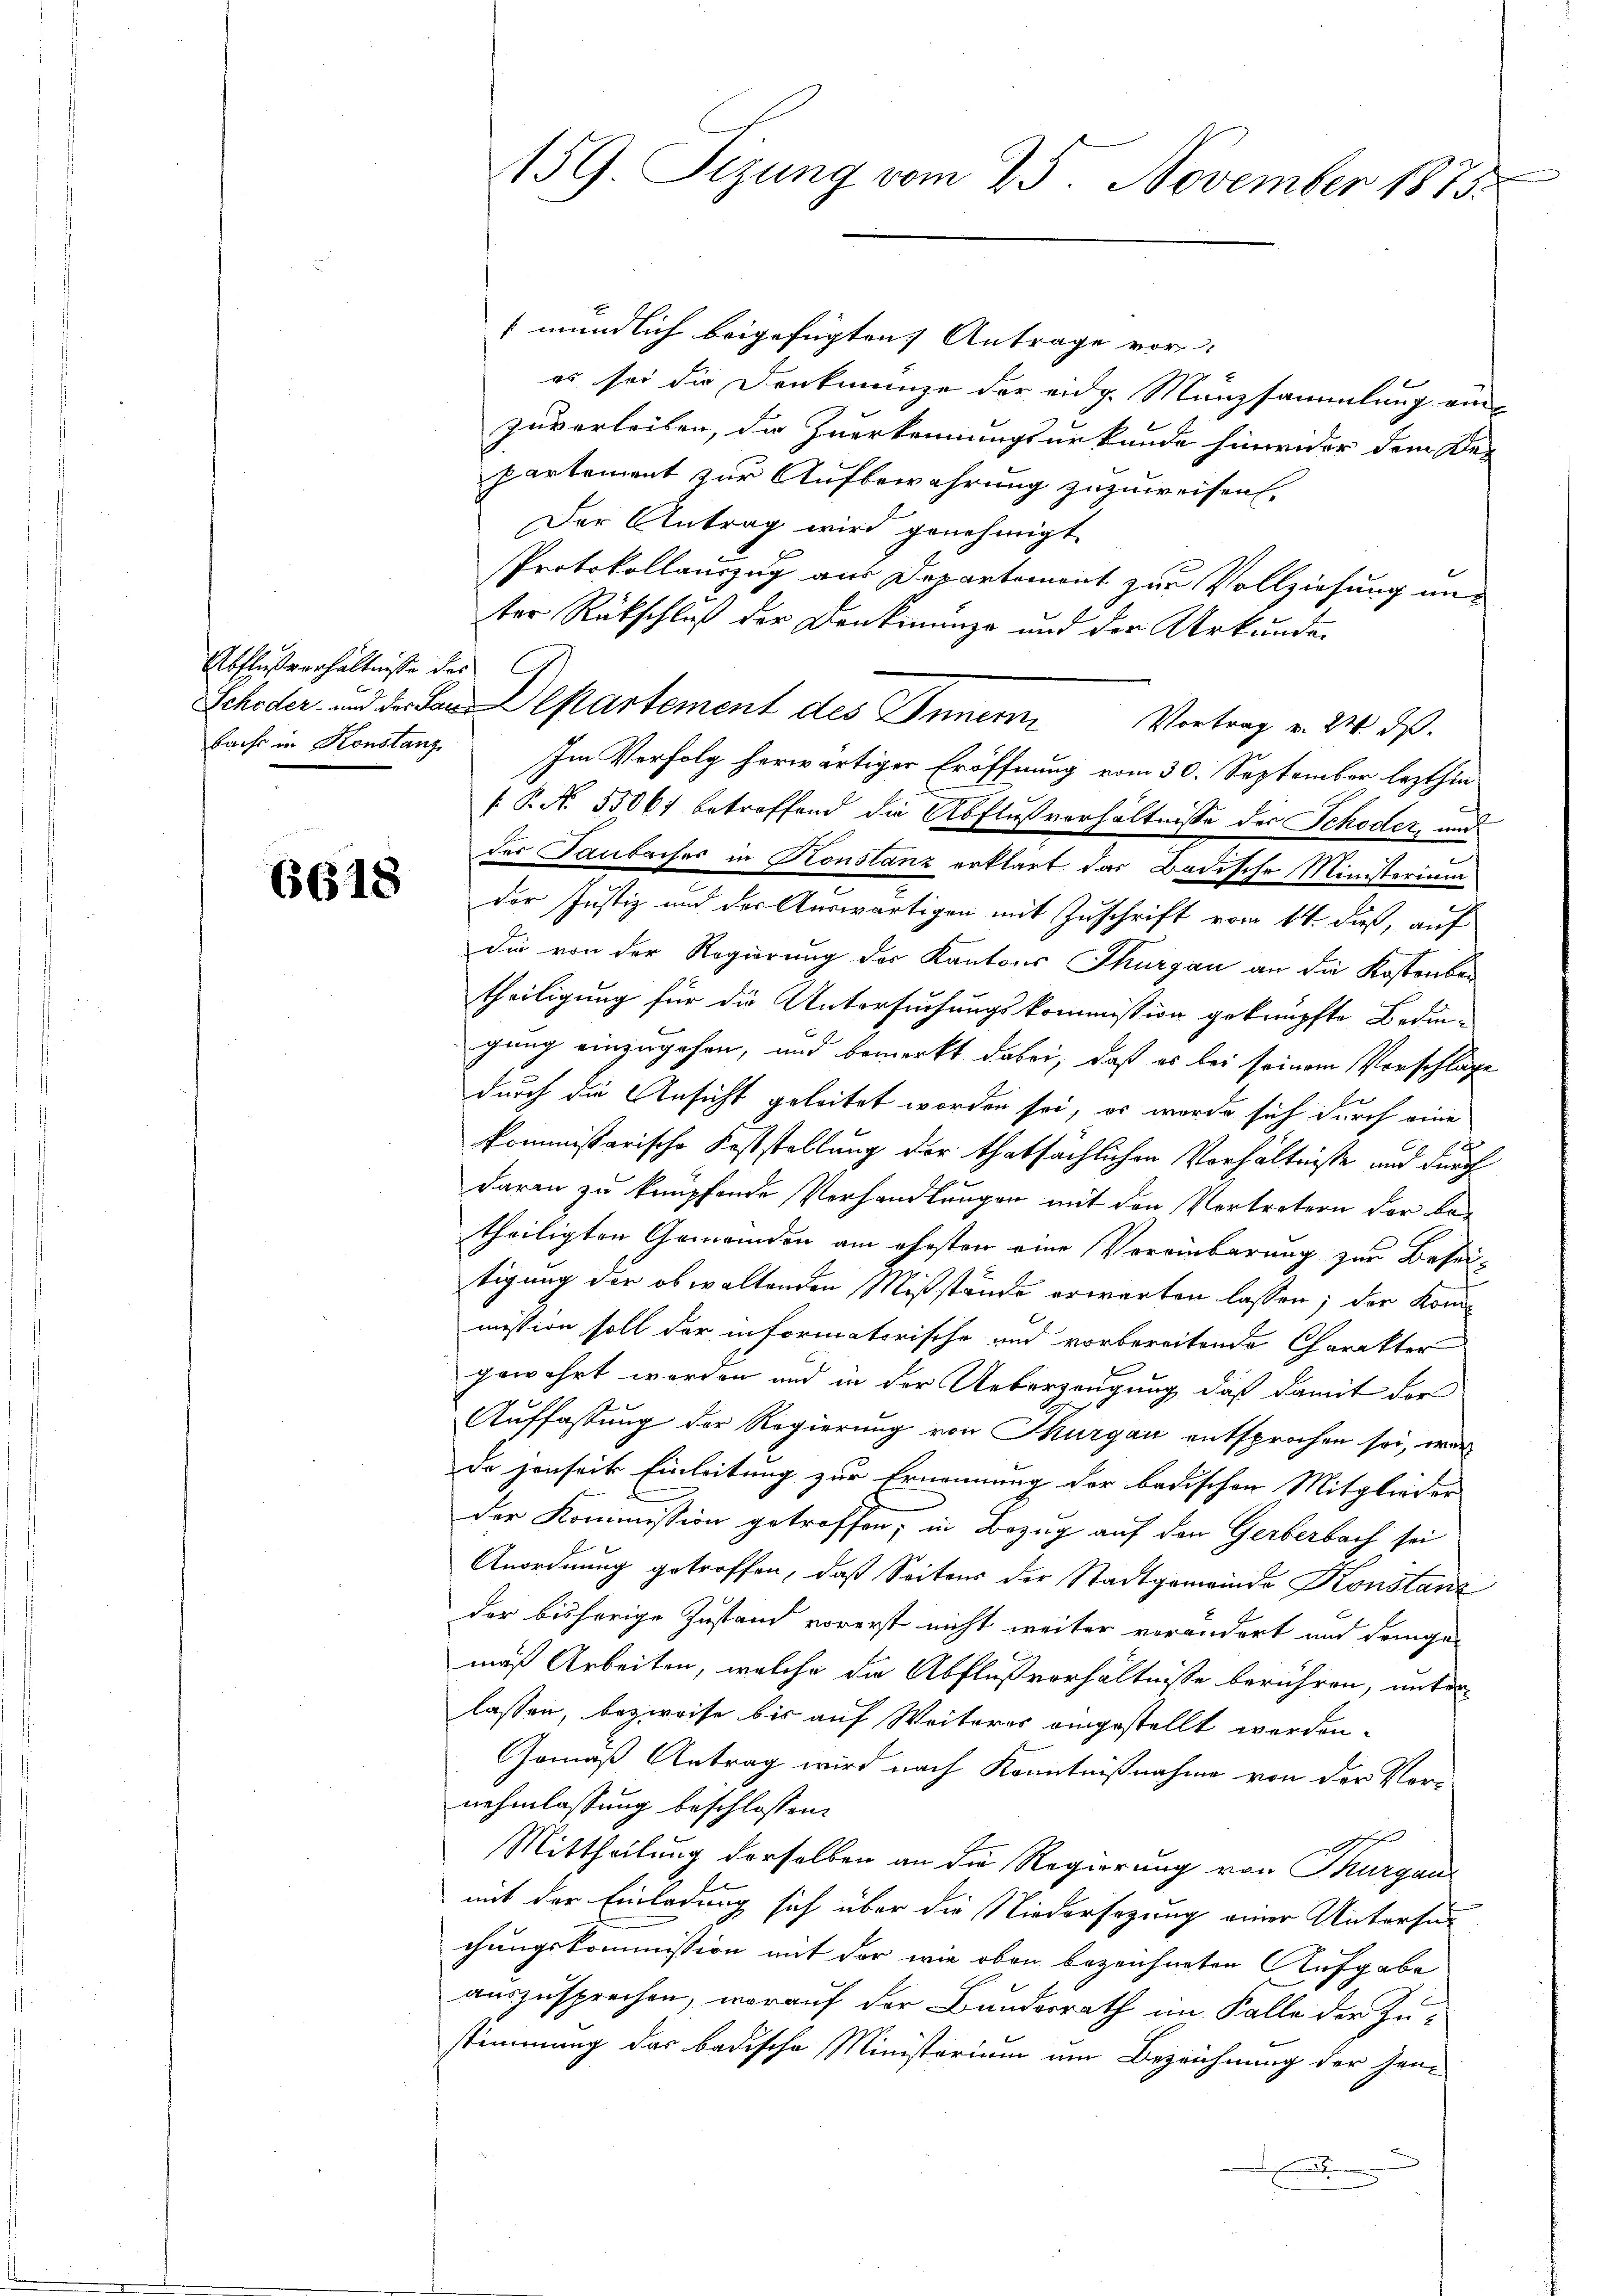
Abflußverhältnisse des
bache in Konstanz

6618

mündlich beigefügten Antrage vor
es sei die Denkmünze der eidg. Münzsammlung ein
zuverleiben, die Zuerkennungsurkunde hinwider dem De-
partement zur Aufbewahrung zuzuweisen.
Der Antrag wird genehmigt
Protokollauszug aus Departement zur Vollziehung unter Rückschluß der Denkmünze und der Urkunden
Schöder, und der an Departement des Inner Vortrag v. 210. d.
Im Verfolg herwärtiger Eröffnung vom 30. September lezthin
[.P. N. 55064 betreffend die Abflußverhältnisse des Schöder, und
der Tanbaches in Konstanz erklärt, das Badische Ministerium
der Justiz und der Auswärtigen mit Zuschrift vom 14. daß, auf
Die von der Regierung der Kantons Thurgau an die Kostenbartheiligung für die Untersuchungskommission geknüpfte Bedingung einzugehen, und bemerkt dabei, daß es bei seinem Vorschläge
durch die Ansicht geleitet worden sei, es werde sich durch eine
kommissarische Feststellung der thatsächlichen Verhältniße und durch
daren zu knüpfende Verhandlungen mit den Vertretern der betheiligten Gemeinden am ehesten eine Vereinbarung zur Beseitigung der obwaltenden Mißstände erwarten lassen; der Kommission soll der informatorische und vorbereitende Charakter
gewährt worden und in der Ueberzeugung, daß damit der
Auffassung der Regierung von Thurgau entsprochen sei, war
da jenseits Einleitung zur Ernennung der badischen Mitglieder
der Kommission getroffen, in Bezug auf den Gerberbach sei
Anordnung getroffen, daß Seitens der Stadtgemeinde Konstanz
der bisherige Zustand vorerst nicht weiter verändert und deinge-
mäß Arbeiten, welche die Abflußverhältnisse berühren, unter
lassen, bezweife bis auf Weiteres eingestellt worden.
Gemäß Antrag wird nach Kenntnißnahme von der Ver-
nehmlassung beschlossen:
o
Mittheilung derselben an die Regierung von Thurgaus
mit der Einladung sich über die Niedersezung einer Untersuc
chungskommission mit der wie oben bezeichneten Aufgabe
auszusprechen, worauf der Bundesrath im Falle der Zustimmung das badische Ministerium um Bezeichnung der Jen¬
.

159. Sizung vom 25. November 1875.